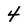
Character: 4